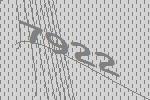
7922